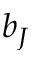
b _ { J }